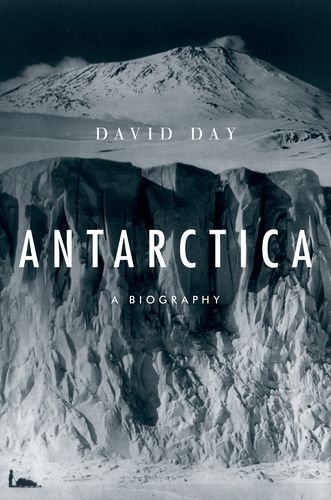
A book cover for Antarctica: A Biography; David Day; History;